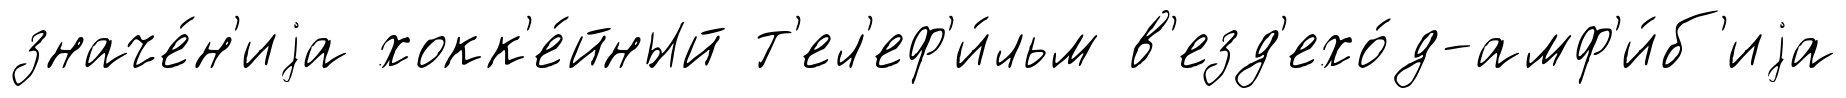
значе́н'иjа хокк'е́йный т'ел'еф'и́льм в'езд'ехо́д-амф'и́б'иjа